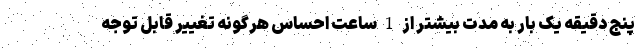
پنج دقیقه یک بار به مدت بیشتر از 1 ساعت احساس هرگونه تغییر قابل توجه